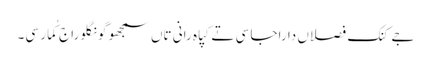
جے کنک فصلاں دا راجا سی تے کپاہ رانی تاں سمجھو گونگلو راج کُمار سی۔